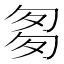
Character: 𠣨